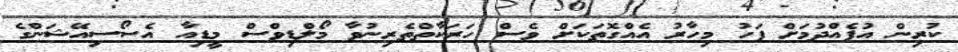
ކުރިން އުފެއްދުމަށް ފަހު މިހާރު އެއްގޮތަކަށް ވެސް ހަރަކާތްތެރިނުވާ މޯލްޑިވްސް މީޑިއާ އެސޯސިއޭޝަންގެ